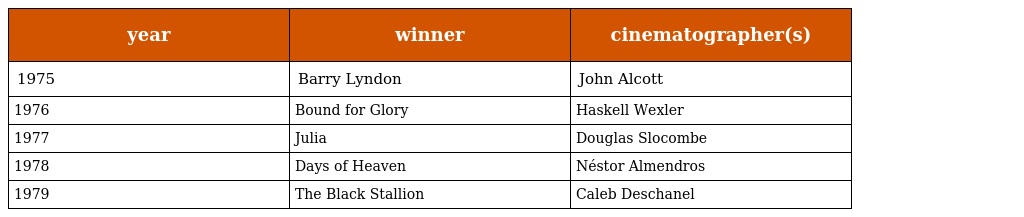
| year | winner | cinematographer(s) |
 | --- | --- | --- |
 | 1975 | Barry Lyndon | John Alcott |
 | 1976 | Bound for Glory | Haskell Wexler |
 | 1977 | Julia | Douglas Slocombe |
 | 1978 | Days of Heaven | Néstor Almendros |
 | 1979 | The Black Stallion | Caleb Deschanel |